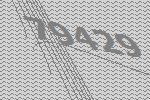
79429